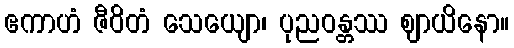
ဧကာဟံ ဇီဝိတံ သေယျော၊ ပုညဝန္တဿ ဈာယိနော။